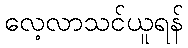
လေ့လာသင်ယူရန်